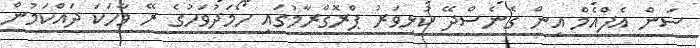
ސަން އެފްއެމް އިން ގެނެސްދޭ ކުޅިވަރު ޕްރޮގްރާމުގައި ހޯމަދުވަހުގެ ރޭ ވާހަކަ ދައްކަމުން